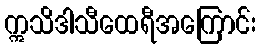
ဣသိဒါသီထေရီအကြောင်း